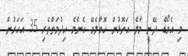
މި އެވޯޑް ދޭނީ މާލެ އަތޮޅުން ހޮވާލެވޭ އެންމެ ހިދުމަތްތެރި 35 އަހަރުން